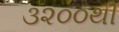
૩૨૦૦થી